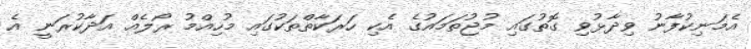
އެމަނިކުފާނު ވިދާޅުވި ގޮތުގައި މުޖުތަމައުގެ އެކި ހަރަކާތްތަކުގައި މުހިއްމު ރޯލެއް އަދާކުރަނީ އެ